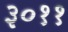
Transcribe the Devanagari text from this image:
३०११